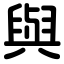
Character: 與